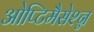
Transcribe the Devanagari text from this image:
ओप्टिमैसेश्न्न